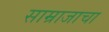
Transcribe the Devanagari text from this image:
साम्राजाचा